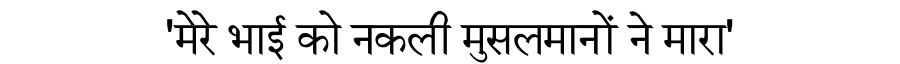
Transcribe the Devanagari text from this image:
'मेरे भाई को नकली मुसलमानों ने मारा'